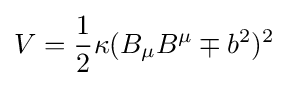
V={\frac {1}{2}}\kappa (B_{\mu }B^{\mu }\mp b^{2})^{2}